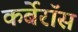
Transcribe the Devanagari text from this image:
कर्बेरॉस